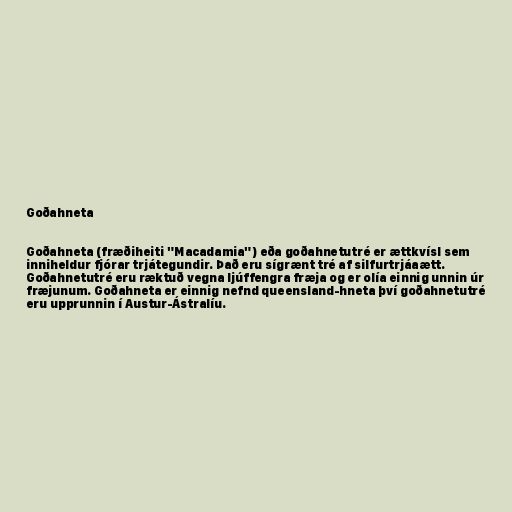
Goðahneta

Goðahneta (fræðiheiti "Macadamia") eða goðahnetutré er ættkvísl sem
inniheldur fjórar trjátegundir. Það eru sígrænt tré af silfurtrjáaætt.
Goðahnetutré eru ræktuð vegna ljúffengra fræja og er olía einnig unnin úr
fræjunum. Goðahneta er einnig nefnd queensland-hneta því goðahnetutré
eru upprunnin í Austur-Ástralíu.